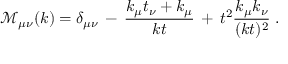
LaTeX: { \mathcal M } _ { \mu \nu } ( k ) = \delta _ { \mu \nu } \, - \, \frac { k _ { \mu } t _ { \nu } + k _ { \mu } } { k t } \, + \, t ^ { 2 } \frac { k _ { \mu } k _ { \nu } } { ( k t ) ^ { 2 } } \; .